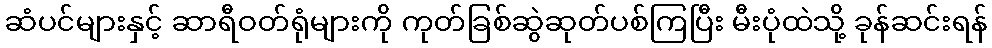
ဆံပင်များနှင့် ဆာရီဝတ်ရုံများကို ကုတ်ခြစ်ဆွဲဆုတ်ပစ်ကြပြီး မီးပုံထဲသို့ ခုန်ဆင်းရန်